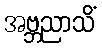
အဗ္ဘညာသိံ